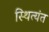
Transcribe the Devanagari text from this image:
स्थित्यंत